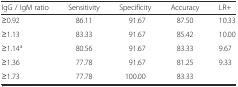
<table><thead><tr><td><b>IgG / IgM ratio</b></td><td><b>Sensitivity</b></td><td><b>Specificity</b></td><td><b>Accuracy</b></td><td><b>LR+</b></td></tr></thead><tbody><tr><td>≥0.92</td><td>86.11</td><td>91.67</td><td>87.50</td><td>10.33</td></tr><tr><td>≥1.13</td><td>83.33</td><td>91.67</td><td>85.42</td><td>10.00</td></tr><tr><td>≥1.14<sup>a</sup></td><td>80.56</td><td>91.67</td><td>83.33</td><td>9.67</td></tr><tr><td>≥1.36</td><td>77.78</td><td>91.67</td><td>81.25</td><td>9.33</td></tr><tr><td>≥1.73</td><td>77.78</td><td>100.00</td><td>83.33</td><td></td></tr></tbody></table>